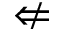
\nLeftarrow